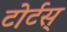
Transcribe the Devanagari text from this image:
टोर्टस्